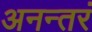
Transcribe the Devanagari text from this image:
अनन्तरं